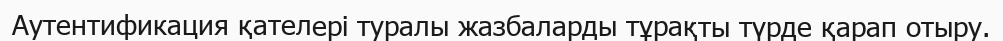
Аутентификация қателері туралы жазбаларды тұрақты түрде қарап отыру.